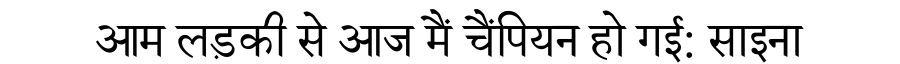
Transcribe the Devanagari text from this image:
आम लड़की से आज मैं चैंपियन हो गई: साइना